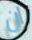
ان